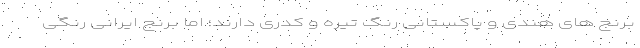
برنج های هندی و پاکستانی رنگ تیره و کدری دارند؛ اما برنج ایرانی رنگی